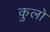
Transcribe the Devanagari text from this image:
कुलो